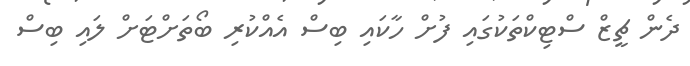
ދެން ޗީޒް ސްޓިކްތަކުގައި ފުށް ހާކައި ބިސް އެއްކުރި ބޯތަށްޓަށް ލައި ބިސް